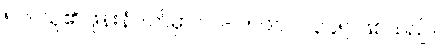
၅၁။ သူ၏ ဖုန်းနံပါတ်မှာ ၀၉-၇၈၉၀၁၂၃၄၅ ဖြစ်သည်။